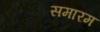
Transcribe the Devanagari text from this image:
समारम